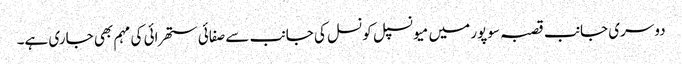
دوسری جانب قصبہ سوپور میں میو نسپل کونسل کی جانب سے صفائی ستھرائی کی مہم بھی جاری ہے۔